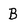
Character: B